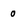
Character: 0